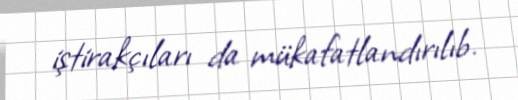
iştirakçıları da mükafatlandırılıb.